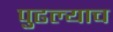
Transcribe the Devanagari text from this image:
पुढल्याच